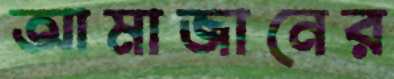
আমাজানের